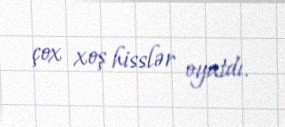
çox xoş hisslər oyatdı.